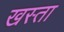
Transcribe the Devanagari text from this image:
खस्‍ता